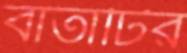
বার্তাটির